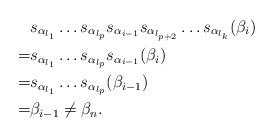
LaTeX: \begin{align*}&s_{\alpha_{l_1}}\dots s_{\alpha_{l_{p}}}s_{\alpha_{i-1}}s_{\alpha_{l_{p+2}}}\dots s_{\alpha_{l_k}} (\beta_i)\\=&s_{\alpha_{l_1}}\dots s_{\alpha_{l_{p}}}s_{\alpha_{i-1}}(\beta_i)\\=&s_{\alpha_{l_1}}\dots s_{\alpha_{l_{p}}}(\beta_{i-1})\\=& \beta_{i-1}\ne \beta_n. \end{align*}